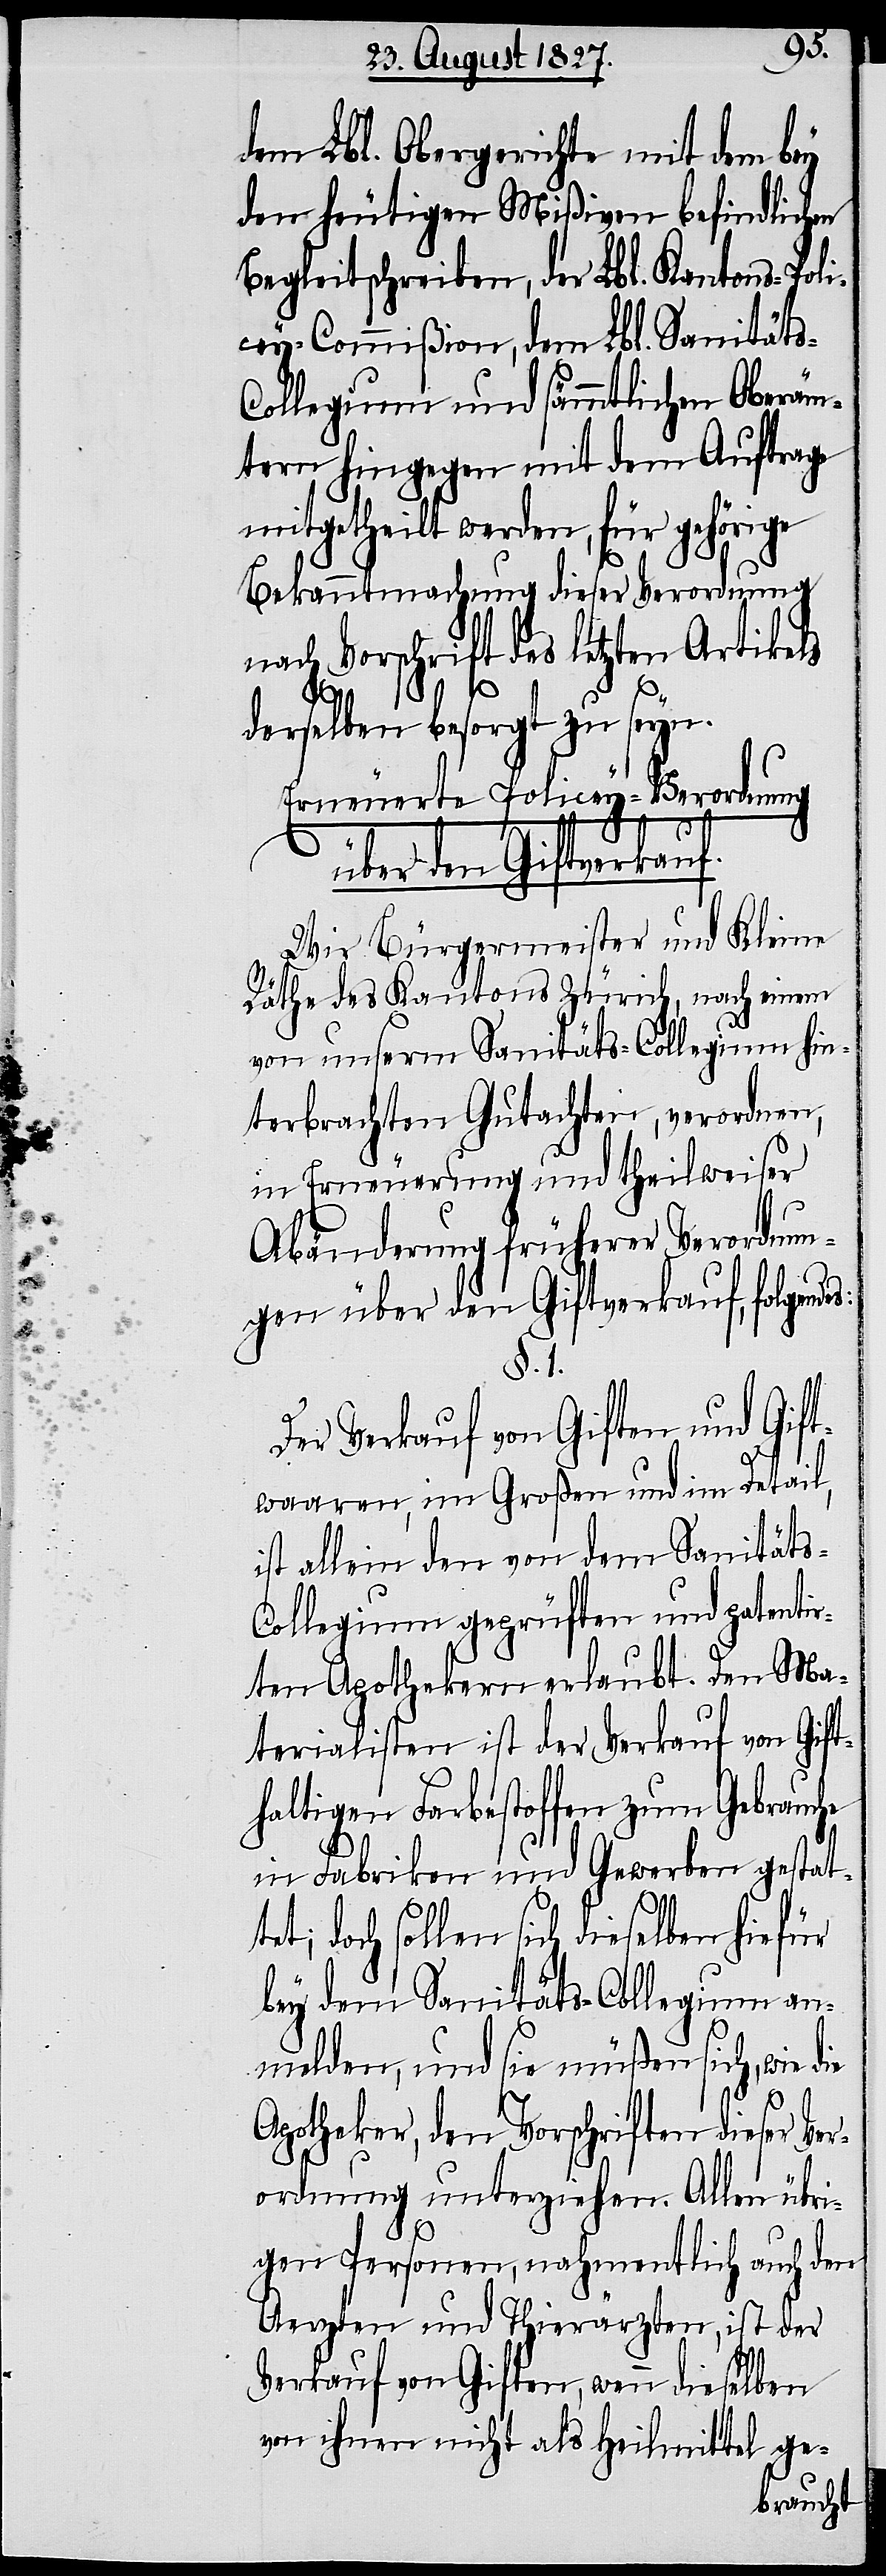
dem Lbl. Obergerichte mit dem bey
den heutigen Mißiven befindlichen
Begleitschreiben, der Lbl. Kantons-Poli¬
cey-Commißion, dem Lbl. Sanität¬
ollegium und sämmtlichen Oberäm¬
tern hingegen mit dem Auftrage
mitgetheilt werden, für gehörige
Bekanntmachung dieser Verordnung
nach Vorschrift des letzten Artikels
derselben besorgt zu seyn.
Erneuerte Policey-Verordnung
s:
über den Giftverkauf.
Wir Bürgermeister und Kleine
Räthe des Kantons Zürich, nach einem
von unserm Sanitäts-Collegium hin¬
terbrachten Gutachten, verordnen,
in Erneuerung und theilweiser
Abänderung früherer Verordnun¬
gen über den Giftverkauf, folgende¬
§. 1.
Der Verkauf von Giften und Gift¬
waaren, im Großen und im Detail,
ist allein den von dem Sanität¬
ollegium geprüften und patentir¬
ten Apothekern erlaubt. Den Ma¬
terialisten ist der Verkauf von Gift¬
haltigen Farbestoffen zum Gebrauche
in Fabriken und Gewerben gestat¬
s-C¬
tet; doch sollen sich dieselben hiefür
bey dem Sanitäts-Collegium an¬
melden, und sie müßen sich, wie die
Apotheker, den Vorschriften dieser Ver¬
ordnung unterziehen. Allen übri¬
gen Personen, nahmentlich auch den
Aerzten und Thierärzten, ist der
Verkauf von Giften, wenn dieselben
von ihnen nicht als Heilmittel ge-